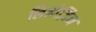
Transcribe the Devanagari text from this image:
लिमोज़िन